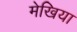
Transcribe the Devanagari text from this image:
मेखिया